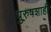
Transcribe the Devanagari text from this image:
पुरुषशाही